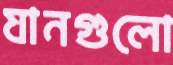
যানগুলো